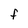
Character: F